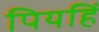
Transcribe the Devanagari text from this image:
पियहिं